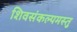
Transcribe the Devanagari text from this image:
शिवसंकल्पमस्तु